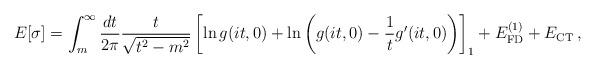
LaTeX: \begin{align*}E[\sigma]=\int_m^\infty\frac{dt}{2\pi}\frac{t}{\sqrt{t^2-m^2}}\left[\ln g(it,0)+\ln\left(g(it,0)-\frac{1}{t}g^\prime(it,0) \right)\right]_{1}+ E_{\rm FD}^{(1)} + E_{\rm CT}\, ,\end{align*}